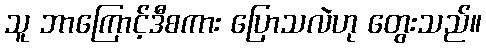
သူ ဘာကြောင့်ဒီစကား ပြောသလဲဟု တွေးသည်။